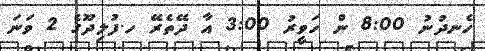
ހެނދުނު 8:00 ން ހަވީރު 3:00 އާ ދޭތެރޭ ހ.ފުލިދޫގެ 2 ވަނަ